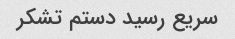
سریع رسید دستم تشکر